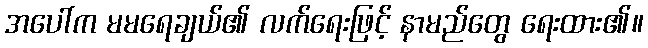
အပေါ်က မမရေချယ်၏ လက်ရေးဖြင့် နာမည်တွေ ရေးထား၏။